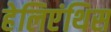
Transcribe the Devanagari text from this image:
हेलिएंथिस